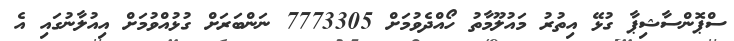
ސްޕޮންސާޝިޕާ ގުޅޭ އިތުރު މައުލޫމާތު ހޯއްދެވުމަށް 7773305 ނަންބަރަށް ގުޅުއްވުމަށް އިއުލާނުގައި އެ